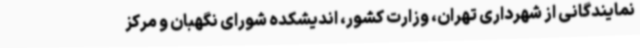
نمایندگانی از شهرداری تهران، وزارت کشور، اندیشکده شورای نگهبان و مرکز